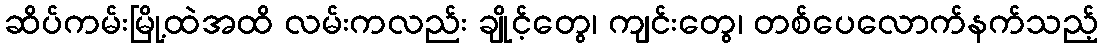
ဆိပ်ကမ်းမြို့ထဲအထိ လမ်းကလည်း ချိုင့်တွေ၊ ကျင်းတွေ၊ တစ်ပေလောက်နက်သည့်